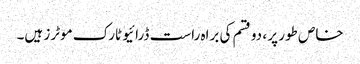
خاص طور پر ، دو قسم کی براہ راست ڈرائیو ٹارک موٹرز ہیں۔